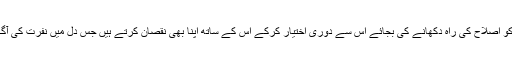
اگر ہم کسی بندے سے نفرت پال لیتے ہیں تو یوں اللہ کے بندے کو اصلاح کی راہ دکھانے کی بجائے اس سے دوری اختیار کرکے اس کے ساتھ اپنا بھی نقصان کرتے ہیں جس دل میں نفرت کی آگ ہو وہاں اللہ کا احساس اور محبت کا بیج پروان نہیں چڑھ سکتا ۔